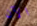
الآن